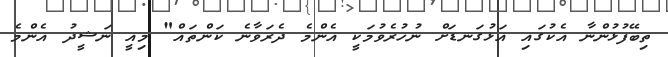
ތިބޭފުޅުންނާ އެކުގައި އަޅުގަނޑަށް ނުހުރެވުމަކީ އެންމެ ދެރަވާނެ ކަންތައް" މިއީ ނަޝީދު އެންމެ